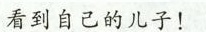
看到自己的儿子！